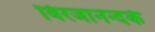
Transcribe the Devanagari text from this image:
विरजानन्दके